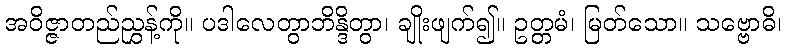
အဝိဇ္ဇာတည်ညွှန့်ကို။ ပဒါလေတွာဘိန္ဒိတွာ၊ ချိုးဖျက်၍။ ဥတ္တမံ၊ မြတ်သော။ သဗ္ဗောဓိ၊